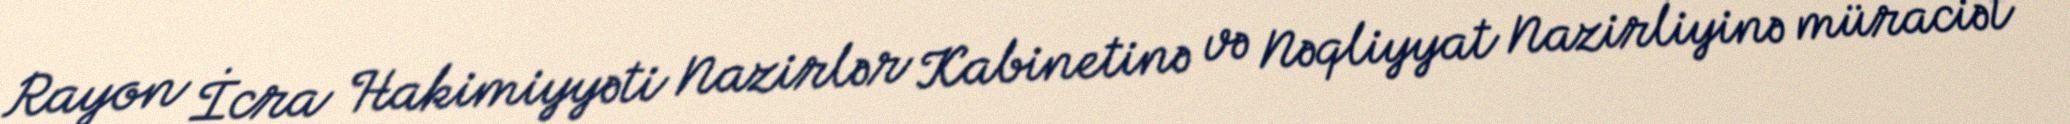
Rayon İcra Hakimiyyəti Nazirlər Kabinetinə və Nəqliyyat Nazirliyinə müraciət